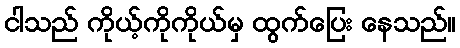
ငါသည် ကိုယ့်ကိုကိုယ်မှ ထွက်ပြေး နေသည်။